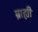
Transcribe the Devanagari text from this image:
ब्राह्यी